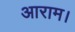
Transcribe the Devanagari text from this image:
आराम।